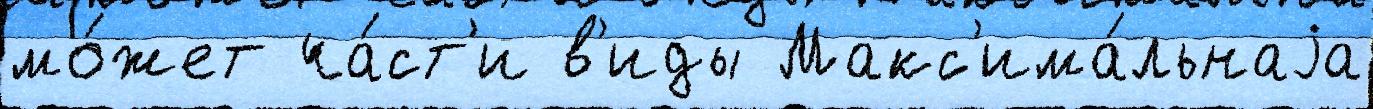
мо́жет ча́ст'и в'иды Макс'има́льнаjа